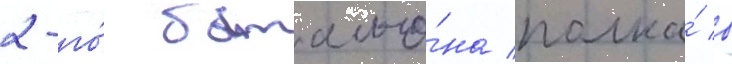
2-го́ батальо́на полка́ в